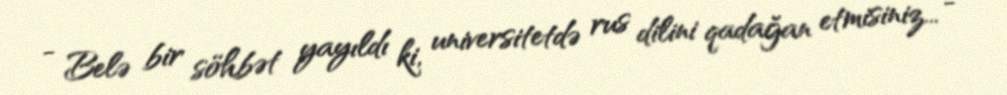
- Belə bir söhbət yayıldı ki, universitetdə rus dilini qadağan etmisiniz... -